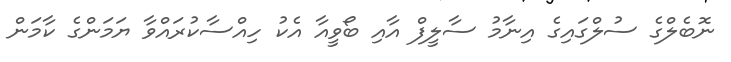
ނޮބެލްގެ ސުލްގައިގެ އިނާމު ސާލީފް އާއި ބޯވީއާ އެކު ހިއްސާކުރައްވާ ޔަމަންގެ ކާމަން